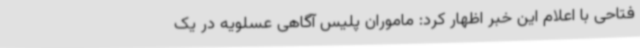
فتاحی با اعلام این خبر اظهار کرد: ماموران پلیس آگاهی عسلویه در یک